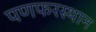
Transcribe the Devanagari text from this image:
पणफरस्थान